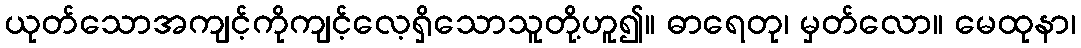
ယုတ်သောအကျင့်ကိုကျင့်လေ့ရှိသောသူတို့ဟူ၍။ ဓာရေတု၊ မှတ်လော။ မေထုနာ၊